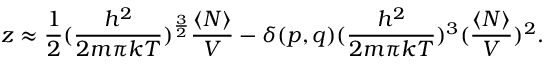
z \approx { \frac { 1 } { 2 } } ( { \frac { h ^ { 2 } } { 2 m \pi k T } } ) ^ { \frac { 3 } { 2 } } { \frac { \langle N \rangle } { V } } - \delta ( p , q ) ( { \frac { h ^ { 2 } } { 2 m \pi k T } } ) ^ { 3 } ( { \frac { \langle N \rangle } { V } } ) ^ { 2 } .